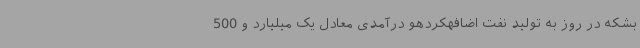
بشکه در روز به تولید نفت اضافهکردهو درآمدی معادل یک میلیارد و 500